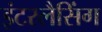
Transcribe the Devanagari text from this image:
इंटरलैसिंग